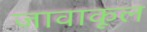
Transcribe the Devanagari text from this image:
जावाकूल